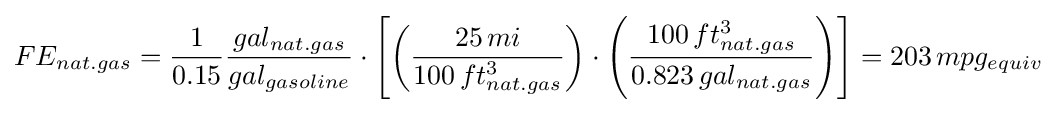
FE_{nat.gas}={\frac {1}{0.15}}{\frac {gal_{nat.gas}}{gal_{gasoline}}}\cdot \left[\left({\frac {25\,mi}{100\,ft_{nat.gas}^{3}}}\right)\cdot \left({\frac {100\,ft_{nat.gas}^{3}}{0.823\,gal_{nat.gas}}}\right)\right]=203\,mpg_{equiv}